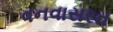
વનવાસરત